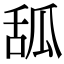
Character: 𦧔